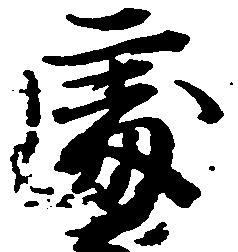
処